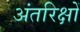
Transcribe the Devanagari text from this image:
अंतरिक्षों